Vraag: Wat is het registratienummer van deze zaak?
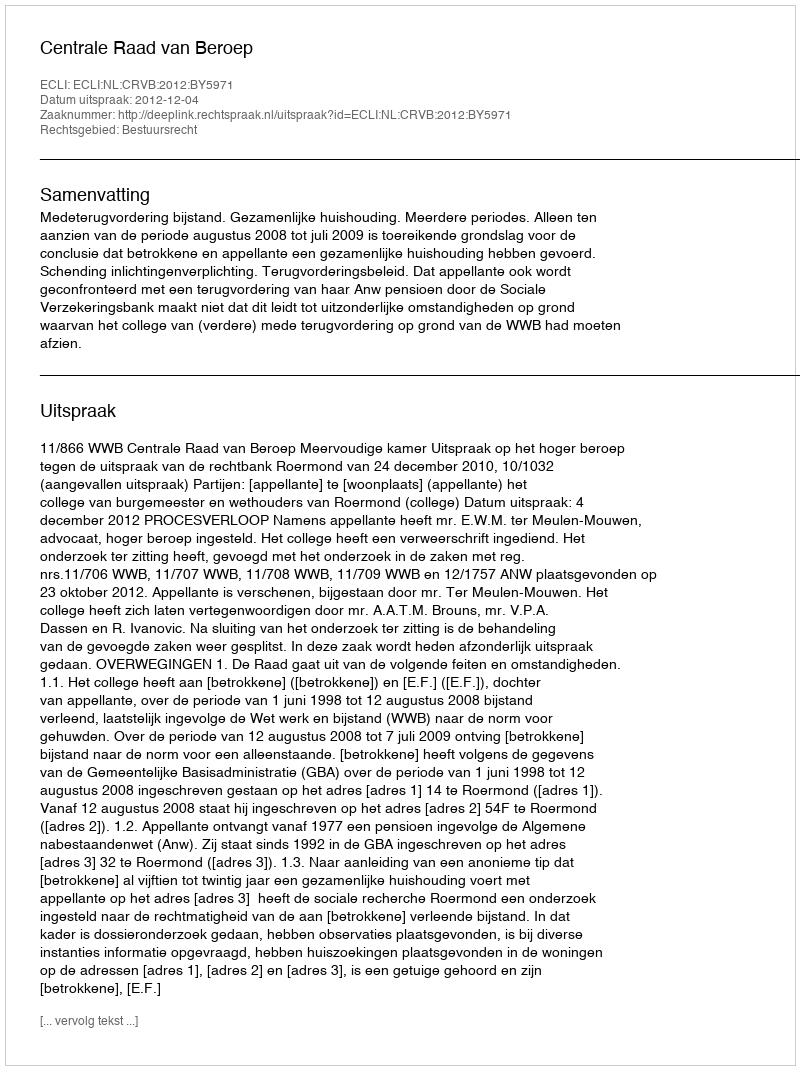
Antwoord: http://deeplink.rechtspraak.nl/uitspraak?id=ECLI:NL:CRVB:2012:BY5971